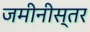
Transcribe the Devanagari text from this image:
जमीनीस्तर